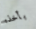
بأخذه